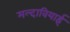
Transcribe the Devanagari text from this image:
मल्दावियाई